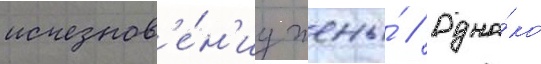
исчезнов'е́н'иу жены́ // Одна́ко